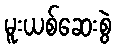
မူးယစ်ဆေးစွဲ